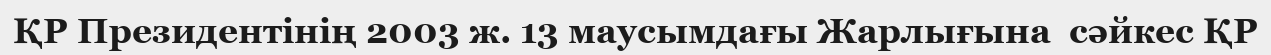
ҚР Президентінің 2003 ж. 13 маусымдағы Жарлығына  сәйкес ҚР